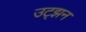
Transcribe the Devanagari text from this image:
उट्झन